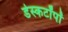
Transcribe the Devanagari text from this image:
डेस्कटॉपों